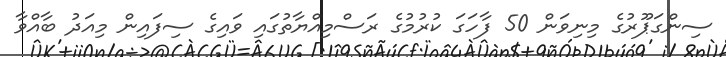
ސިންގަޕޫރުގެ މިނިވަން 50 ފާހަގަ ކުރުމުގެ ރަސްމިއްޔާތުގައި ވައިގެ ސިފައިން މިއަދު ބާއްވާ